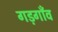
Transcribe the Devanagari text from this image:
गड़गाँव